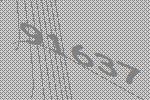
91637